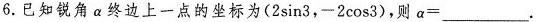
6.已知锐角α终边上一点的坐标为(2sin3，-2cos3)，则$$α =$$___.